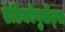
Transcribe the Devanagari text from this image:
एंटिकोगुलेंट्स